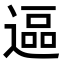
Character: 𮞷